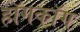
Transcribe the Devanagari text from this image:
हॉगकॉग